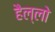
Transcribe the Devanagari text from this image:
हैल्लो